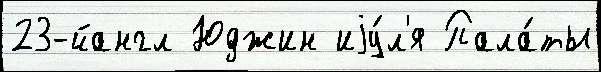
23-йангл Юджин иjу́л'я Пала́ты